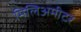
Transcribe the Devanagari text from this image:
मिलिअमीटर